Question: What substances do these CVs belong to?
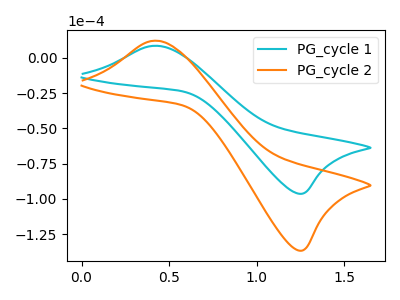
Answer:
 <answer>The cyan curve is labeled "PG_cycle 1". The orange curve is labeled "PG_cycle 2".</answer>
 <eval></eval>